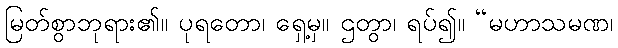
မြတ်စွာဘုရား၏။ ပုရတော၊ ရှေ့မှ။ ဌတွာ၊ ရပ်၍။ “မဟာသမဏ၊